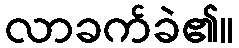
လာခက်ခဲ၏။